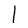
Character: l